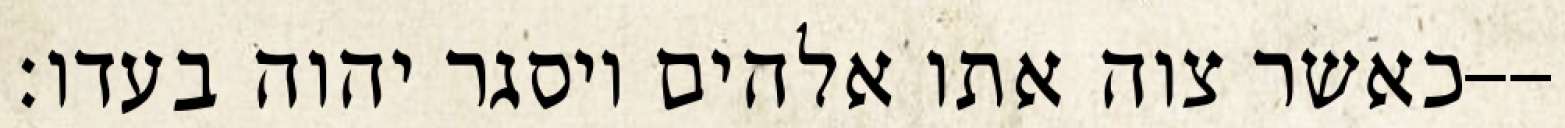
כאשר צוה אתו אלהים ויסגר יהוה בעדו׃--